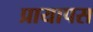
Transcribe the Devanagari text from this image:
प्रायापस